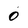
Character: 0